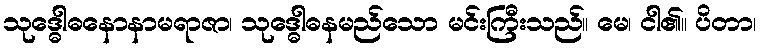
သုဒ္ဓေါဓနောနာမရာဇာ၊ သုဒ္ဓေါဓနမည်သော မင်းကြီးသည်။ မေ၊ ငါ၏။ ပိတာ၊